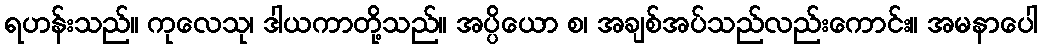
ရဟန်းသည်။ ကုလေသု၊ ဒါယကာတို့သည်။ အပ္ပိယော စ၊ အချစ်အပ်သည်လည်းကောင်း။ အမနာပေါ